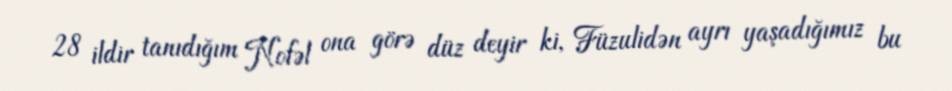
28 ildir tanıdığım Nofəl ona görə düz deyir ki, Füzulidən ayrı yaşadığımız bu